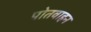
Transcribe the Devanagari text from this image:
पोतवाहन